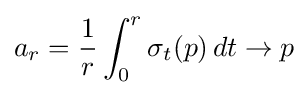
a_{r}={1 \over r}\int _{0}^{r}\sigma _{t}(p)\,dt\rightarrow p